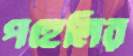
পহেলির